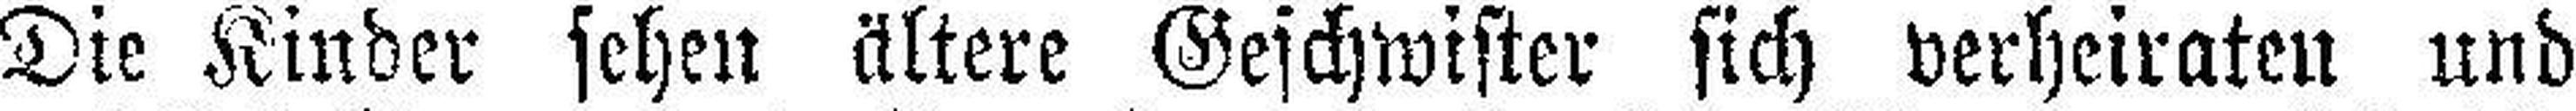
Die Kinder sehen ältere Geschwister sich verheiraten und